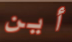
أين